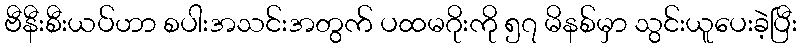
ဗီနီးစီးယပ်ဟာ စပါးအသင်းအတွက် ပထမဂိုးကို ၅၇ မိနစ်မှာ သွင်းယူပေးခဲ့ပြီး